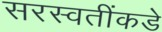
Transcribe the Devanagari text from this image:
सरस्वतींकडे